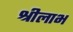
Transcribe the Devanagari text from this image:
श्रीलाभ